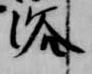
浴